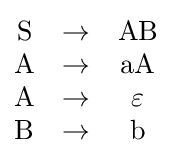
{\begin{matrix}{\text{S}}&\to &{\text{AB}}\\{\text{A}}&\to &{\text{aA}}\\{\text{A}}&\to &\varepsilon \\{\text{B}}&\to &{\text{b}}\end{matrix}}